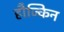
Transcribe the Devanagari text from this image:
हौज्किन